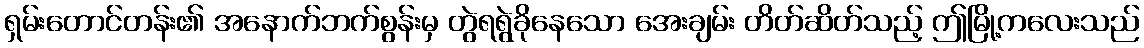
ရှမ်းတောင်တန်း၏ အနောက်ဘက်စွန်းမှ တွဲရရွဲခိုနေသော အေးချမ်း တိတ်ဆိတ်သည့် ဤမြို့ကလေးသည်